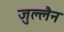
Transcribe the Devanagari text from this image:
जुल्लैन